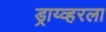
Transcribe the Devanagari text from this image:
ड्राय्व्हरला